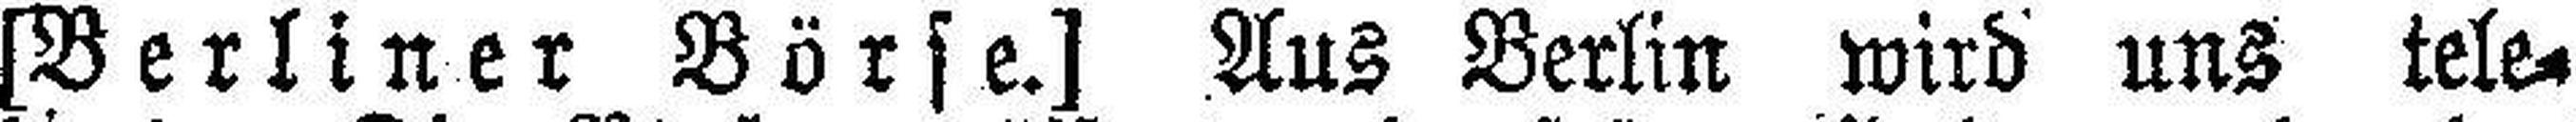
[Berliner Börse.] Aus Berlin wird uns tele¬